Indian journal of veterinary science and animal husbandry - Volume 14,
Year: 1944
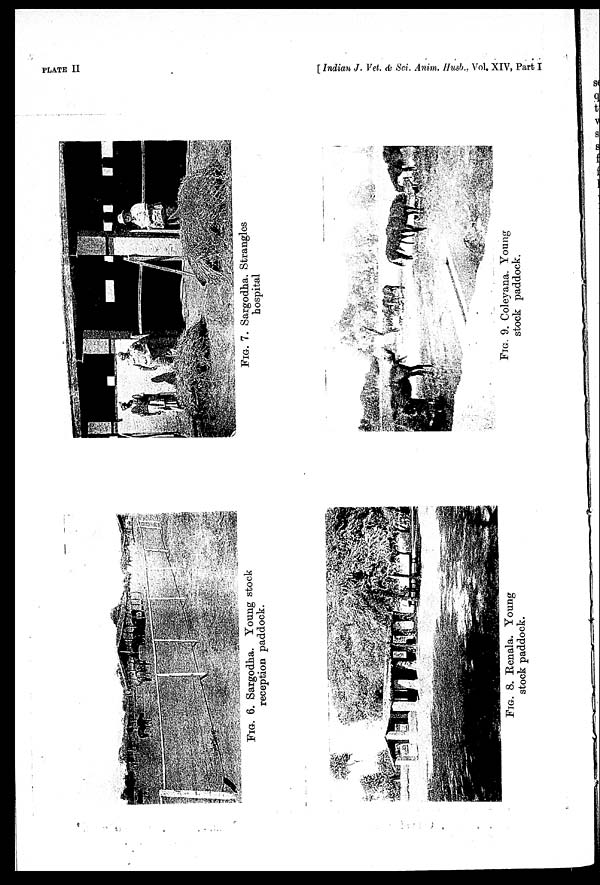
PLATE II
[ Indian J. Vet. & Sci. Anim, Husb., Vol. XIV, Part I
FIG. 6. Sargodna. Young stock
reception paddock.
FIG. 7. Sargodha. Strangles
hospital
FIG. 8. Renala. Young
stock paddock.
FIG. 9. Coleyana. Young
stock paddock.